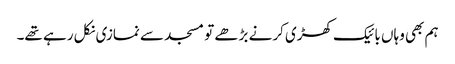
ہم بھی وہاں بائیک کھڑی کرنے بڑھے تو مسجد سے نمازی نکل رہے تھے۔